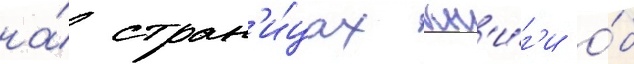
на́ стран'и́цах кн'и́г'и о́б